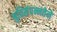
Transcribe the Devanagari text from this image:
श्रुतिसंपन्नतेने